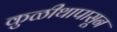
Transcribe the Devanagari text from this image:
कुळीथापासून